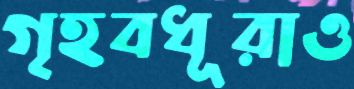
গৃহবধূরাও